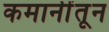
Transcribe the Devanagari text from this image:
कमानींतून